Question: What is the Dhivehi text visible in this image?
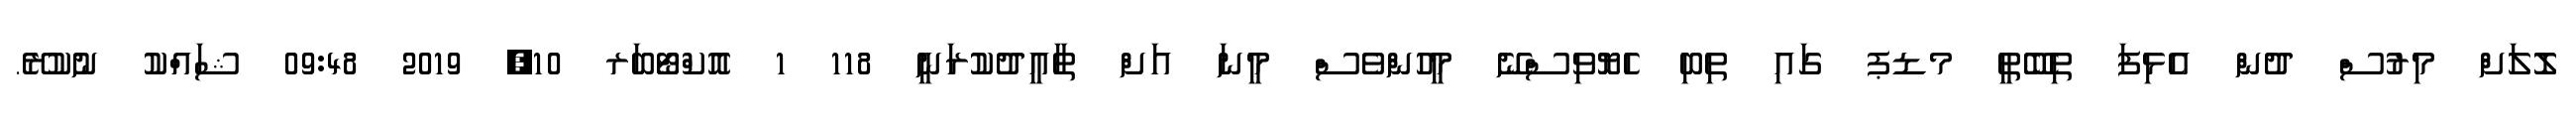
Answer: ލޮލަށް މިރުސް ދުން އެޅިފަ ތިބޭތީ މޑޕ ގައި ތިބި ހެޔޮވިސްނޭ މީހުންވެސް މީނަ އަށް ތާއީދުކުރަނީ 118 1 އޮކްޓޯބަރ 10, 2019 09:48 ޝައްކު ނުކުރޭ.